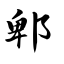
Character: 郫